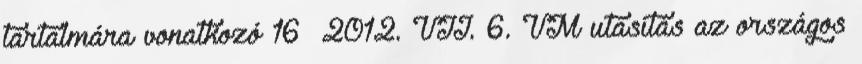
tartalmára vonatkozó 16 2012. VII. 6. VM utasítás az országos